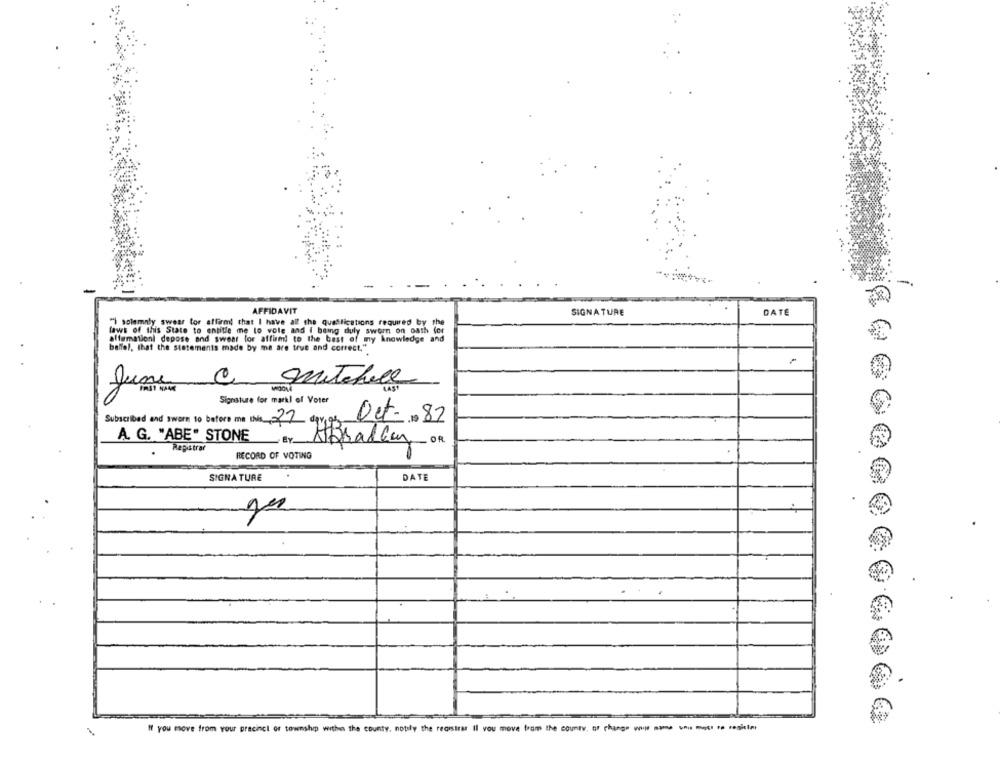
AFFIDAVIT
SIGNATURE
DATE
") solemnly swear tor affirm! that I have all the qualifications required by the
laws of this State to entitle me lo vole and I being duly sworn on oath for
alfamationi depose and swear for affirm to the best of my knowledge and
belfel, that the statements made by me are true and correct."
90
Signature for markl of Voter
Oct.82
Subscribed and sworn to before me this 22
A. G. "ABE" STONE BY.
Registrar
RECORD OF VOTING
SIGNATURE
DATE
If you move from your precinct or township within the county, notify the recistras Il vou move from the county, or change www am -. - ro renkler